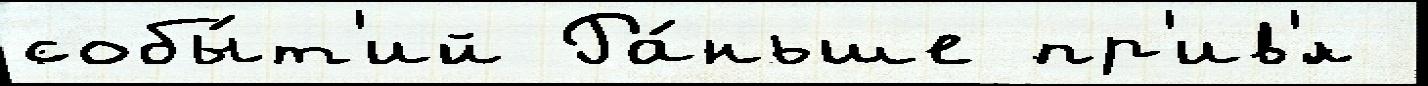
собы́т'ий Ра́ньше пр'ив'́л